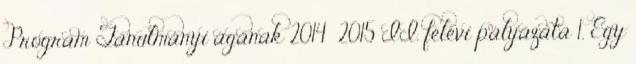
Program Tanulmányi ágának 2014 2015 II. félévi pályázata 1. Egy